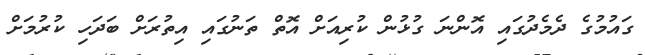
ގައުމުގެ ދެމެދުގައި އޮންނަ ގުޅުން ކުރިއަށް އޮތް ތަނުގައި އިތުރަށް ބަދަހި ކުރުމަށް